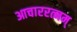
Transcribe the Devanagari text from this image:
आचाररत्नम्